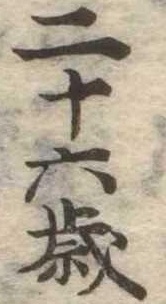
二十六歳